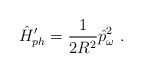
\begin{align*}\hat{H}'_{ph}=\frac{1}{2R^2}\hat{p}^2_\omega\ .\end{align*}